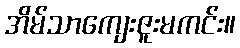
အိမ်သာကျေးဇူးမကင်း။